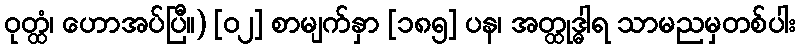
ဝုတ္ထံ၊ ဟောအပ်ပြီ။) [၀၂] စာမျက်နှာ [၁၈၅] ပန၊ အတ္ထုဒ္ဓါရ သာမညမှတစ်ပါး